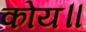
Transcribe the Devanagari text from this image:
कोय॥